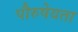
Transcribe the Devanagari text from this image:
पौरुषेयता